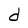
Character: d